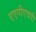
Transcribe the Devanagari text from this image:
एएपीएचपी